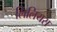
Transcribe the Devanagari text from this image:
लिलियस